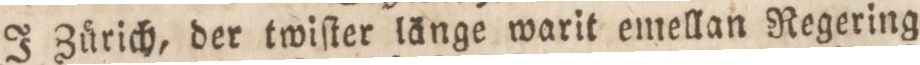
J Zürich, der twiſter länge warit emellan Regering